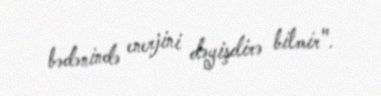
bədənində enerjini dəyişdirə bilmir".